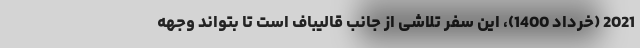
2021 (خرداد 1400)، این سفر تلاشی از جانب قالیباف است تا بتواند وجهه